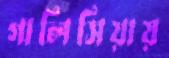
গালিসিয়ায়